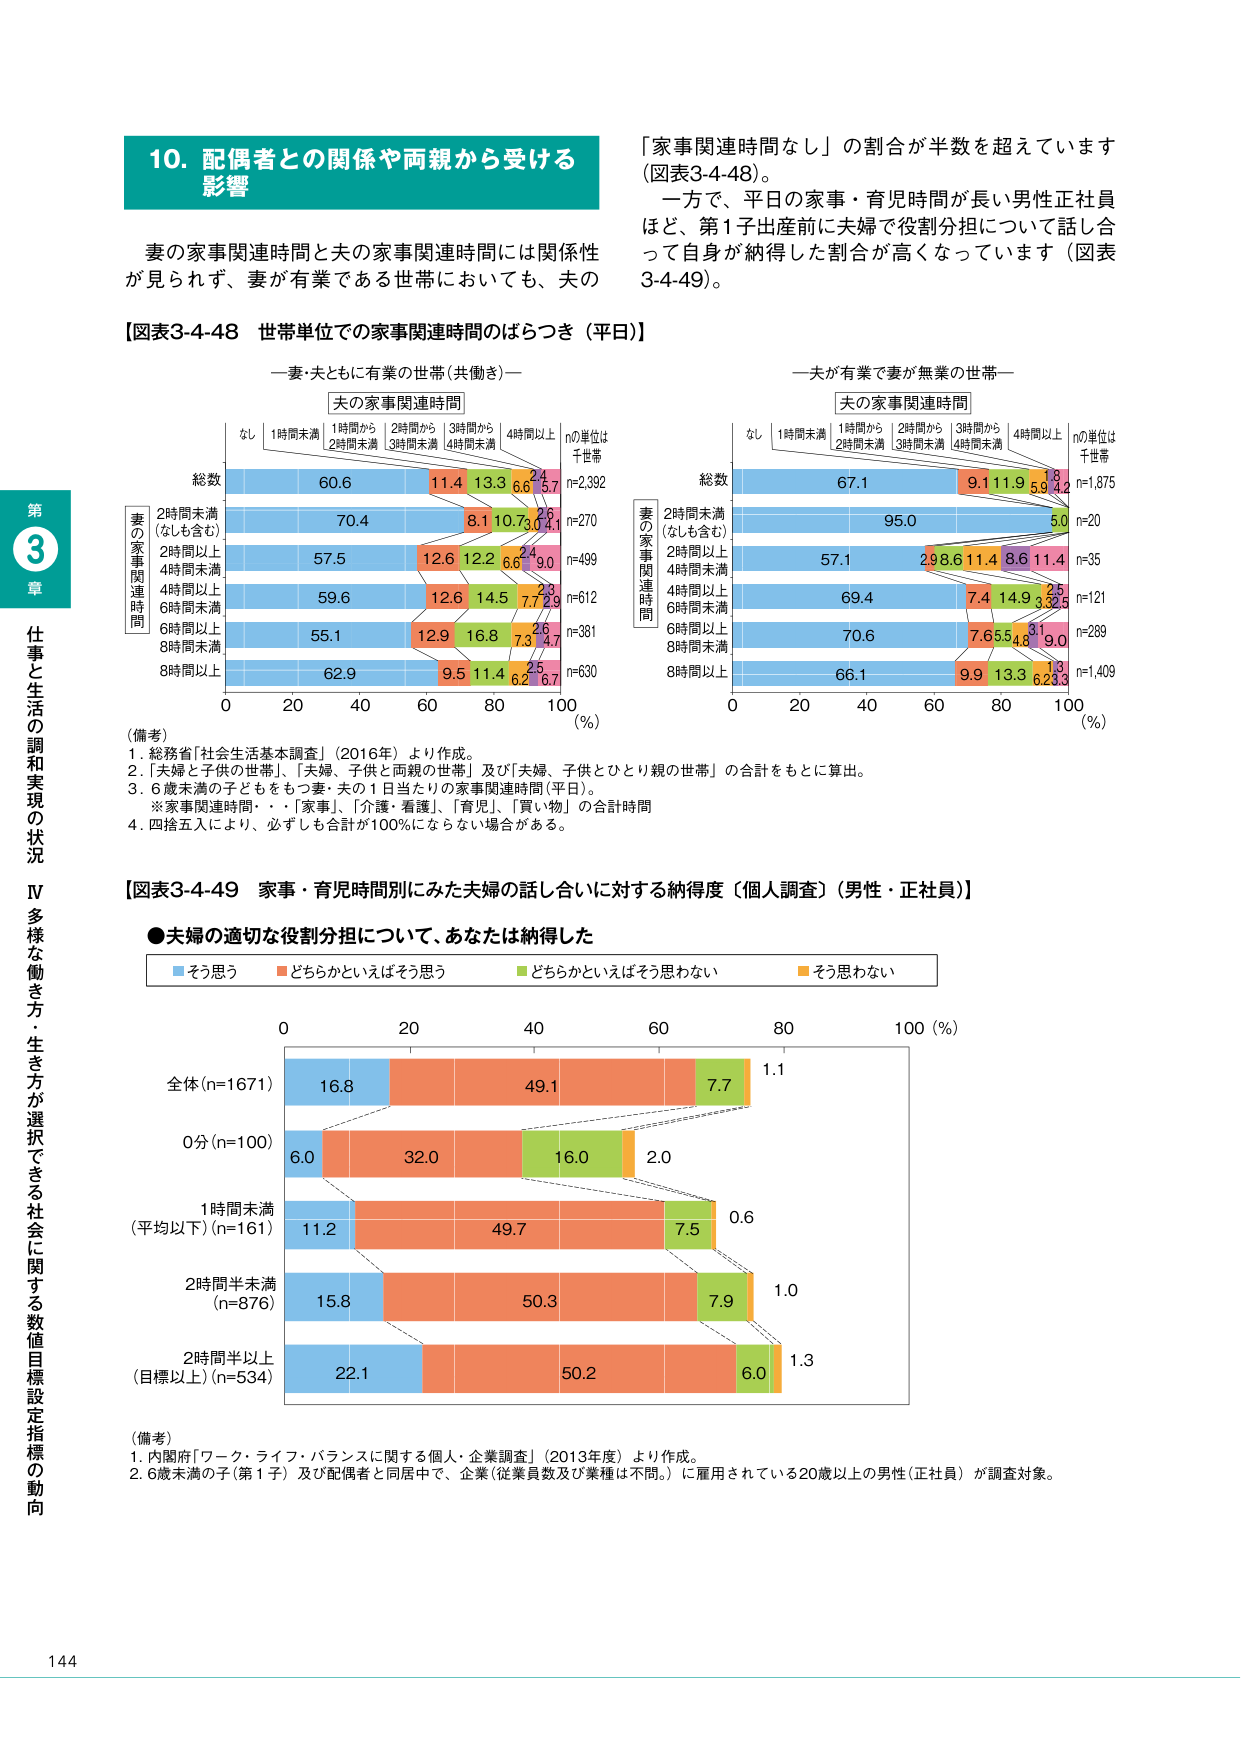
10. 配偶者との関係や両親から受ける影響

妻の家事関連時間と夫の家事関連時間には関係性が見られず、妻が有業である世帯においても、夫の

「家事関連時間なし」の割合が半数を超えています（図表3-4-48）。
一方で、平日の家事・育児時間が長い男性正社員ほど、第1子出産前に夫婦で役割分担について話し合って自身が納得した割合が高くなっています（図表3-4-49）。

【図表3-4-48 世帯単位での家事関連時間のばらつき（平日）】

一妻・夫ともに有業の世帯（共働き）一

夫の家事関連時間
なし 1時間未満 1時間から2時間未満 2時間から3時間未満 3時間から4時間未満 4時間以上 nの単位は千世帯

総数 60.6 11.4 13.3 6.6 5.7 n=2,392
2時間未満（なしも含む） 70.4 8.1 10.7 3.0 4.1 n=270
2時間以上4時間未満 57.5 12.6 12.2 6.6 9.0 n=499
4時間以上6時間未満 59.6 12.6 14.5 7.7 2.9 n=612
6時間以上8時間未満 55.1 12.9 16.8 7.3 4.7 n=381
8時間以上 62.9 9.5 11.4 6.2 6.7 n=630

一夫が有業で妻が無業の世帯一

夫の家事関連時間
なし 1時間未満 1時間から2時間未満 2時間から3時間未満 3時間から4時間未満 4時間以上 nの単位は千世帯

総数 67.1 9.1 11.9 5.9 4.2 n=1,875
2時間未満（なしも含む） 95.0 5.0 n=20
2時間以上4時間未満 57.1 2.9 8.6 11.4 11.4 n=35
4時間以上6時間未満 69.4 7.4 14.9 3.2 2.5 n=121
6時間以上8時間未満 70.6 7.6 5.5 4.8 9.0 n=289
8時間以上 66.1 9.9 13.3 6.2 3.3 n=1,409

（備考）
1. 総務省「社会生活基本調査」（2016年）より作成。
2. 「夫婦と子供の世帯」、「夫婦、子供と両親の世帯」及び「夫婦、子供とひとり親の世帯」の合計をもとに算出。
3. 6歳未満の子どもをもつ妻・夫の1日当たりの家事関連時間（平日）。
※家事関連時間・・・「家事」、「介護・看護」、「育児」、「買い物」の合計時間
4. 四捨五入により、必ずしも合計が100％にならない場合がある。

【図表3-4-49 家事・育児時間別にみた夫婦の話し合いに対する納得度（個人調査）（男性・正社員）】

●夫婦の適切な役割分担について、あなたは納得した

■そう思う ■どちらかといえばそう思う ■どちらかといえばそう思わない ■そう思わない

0 20 40 60 80 100（％）

全体（n=1671） 16.8 49.1 7.7 1.1
0分（n=100） 6.0 32.0 16.0 2.0
1時間未満（平均以下）（n=161） 11.2 49.7 7.5 0.6
2時間半未満（n=876） 15.8 50.3 7.9 1.0
2時間半以上（目標以上）（n=534） 22.1 50.2 6.0 1.3

（備考）
1. 内閣府「ワーク・ライフ・バランスに関する個人・企業調査」（2013年度）より作成。
2. 6歳未満の子（第1子）及び配偶者と同居中で、企業（従業員数及び業種は不問。）に雇用されている20歳以上の男性（正社員）が調査対象。

第3章 仕事と生活の調和実現の状況
IV 多様な働き方・生き方が選択できる社会に関する数値目標設定指標の動向

144